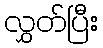
လွှတ်ပြီး